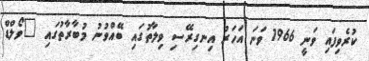
ކުރެވިފައި ވަނީ 1966 ވަނަ އަހަރު އިނގިރޭސި ވިލާތުގައި ބޭއްވުނު މުބާރާތުގައި "ވޯލްޑް